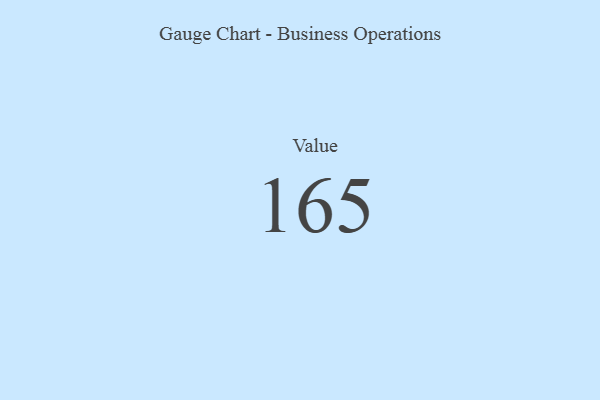
{"axis": {"x": "Metric", "y": "Value"}, "legend": [""], "data": [{"x": "Value", "y": 165, "type": ""}]}